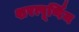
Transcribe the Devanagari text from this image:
शरत्पूर्णिम